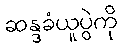
ဆန္ဒခံယူပွဲကို